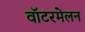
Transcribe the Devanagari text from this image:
वॉटरमेलन